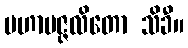
မဟာပဇ္ဇလိတော သိခီ။